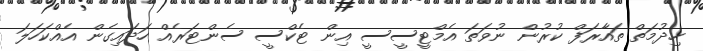
ހިދުމަތް ތައާރަފް ކުރުން ނުވަތަ އެމްޓީސީސީ އިން ޓެކްސީ ސެންޓަރެއް ހަދައިގެން އެއްކަހަލަ